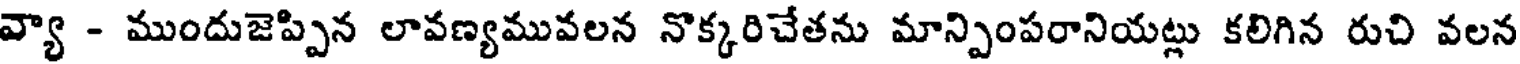
వ్యా - ముందుజెప్పిన లావణ్యమువలన నొక్కరిచేతను మాన్పింపరానియట్లు కలిగిన రుచి వలన